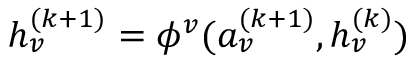
h _ { v } ^ { ( k + 1 ) } = \phi ^ { v } ( a _ { v } ^ { ( k + 1 ) } , h _ { v } ^ { ( k ) } )